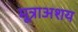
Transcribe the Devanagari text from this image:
मूत्राअशय